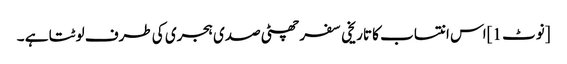
[نوٹ 1]اس انتساب کا تاریخی سفر چھٹی صدی ہجری کی طرف لوٹتا ہے ۔